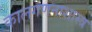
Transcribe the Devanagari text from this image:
कालगणनाशास्त्र